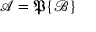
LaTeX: { \mathcal { A } } = { \mathfrak { P } } \{ { \mathcal { B } } \}